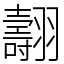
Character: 翿